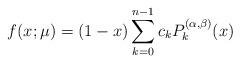
LaTeX: \begin{align*} f(x;\mu)=(1-x)\sum_{k=0}^{n-1} c_k P_k^{(\alpha,\beta)}(x) \end{align*}